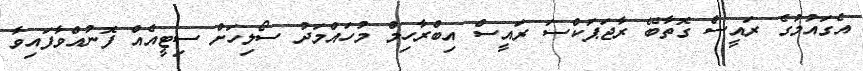
އެގައުމުގެ ރައީސް ގޮތާބޭ ރާޖަޕަކްސަ ރައީސް އިބްރާހިމް މުހައްމަދު ސޯލިހަށް ސިޓީއެއް ފޮނުއްވާފައިވާ